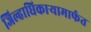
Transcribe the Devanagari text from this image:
जिल्हाधिकाऱ्यामार्फत